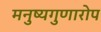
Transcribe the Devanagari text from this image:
मनुष्यगुणारोप